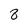
Character: 8